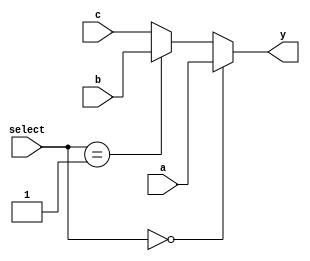

module mux3to1_32bit (a, b, c, select, y);
    input [31:0] a, b, c;
    input [1:0] select;
    output [31:0] y;
    assign y = (select == 2'b00) ? a:(select == 2'b01) ? b:c;
endmodule